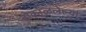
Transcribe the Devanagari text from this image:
बोकाळलेल्या